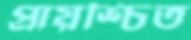
প্রায়শ্চিত